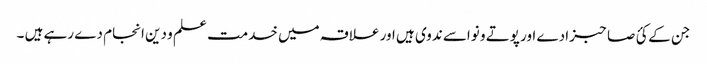
جن کے کئ صاحبزادے اور پوتے و نواسے ندوی ہیں اور علاقہ میں خدمت علم و دین انجام دے رہے ہیں ۔